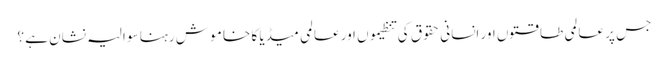
جس پر عالمی طا قتوں اور انسانی حقوق کی تنظیموں اور عالمی میڈیا کا خا مو ش رہنا سو الیہ نشان ہے ؟